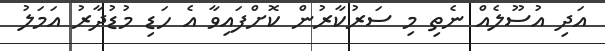
އަދި އުސޫލެއް ނެތި މި ސަރުކާރުން ކޮށްފައިވާ އެ ހަޑި މުޑުދާރު އަމަލު